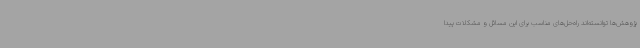
پژوهش‌ها توانسته‌اند راه‌حل‌های مناسب برای این مسائل و مشکلات پیدا